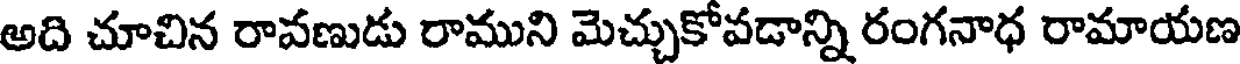
అది చూచిన రావణుడు రాముని మెచ్చుకోవడాన్ని రంగనాధ రామాయణ